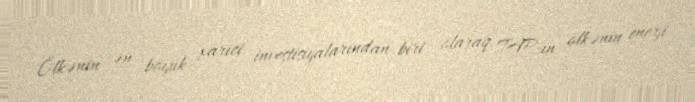
Ölkənin ən böyük xarici investisiyalarından biri olaraq TAP-ın ölkənin enerji